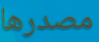
مصدرها